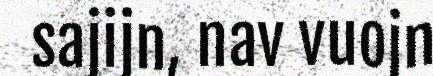
sajijn, nav vuojn